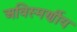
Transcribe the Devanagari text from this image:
अविस्मर्णीय